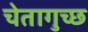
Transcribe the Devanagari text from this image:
चेतागुच्छ